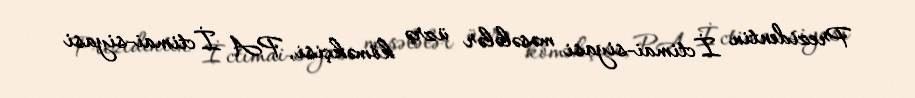
Prezidentin İctimai-siyasi məsələlər üzrə köməkçisi, PA İctimai-siyasi